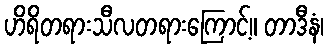
ဟိရိတရားသီလတရားကြောင့်။ တာဒီနံ၊